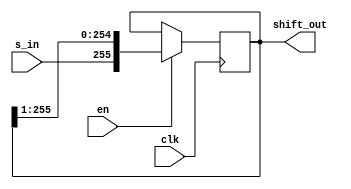
`timescale 1ns/1ps

module PUF_ShiftReg(

	input clk, s_in, en,
	output reg [255:0] shift_out

);

always@(posedge clk)
begin
	if(en) shift_out <= {s_in, shift_out[255:1]};
end

endmodule